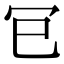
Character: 𭁳